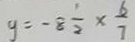
y = - 8 \frac { 1 } { 2 } \times \frac { 6 } { 7 }